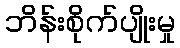
ဘိန်းစိုက်ပျိုးမှု